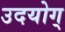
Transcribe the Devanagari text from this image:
उदयोग्